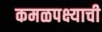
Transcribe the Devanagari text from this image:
कमळपक्ष्याची